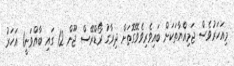
މިއަހަރުވެސް ޖަމިއްޔާތަކަށް ބައިވެރިވެވޭގޮތަށް ދިރާގު ރޯޑްރޭސް ޖޫން 12 ގައި ބާއްވަނީ1 އަހަރު